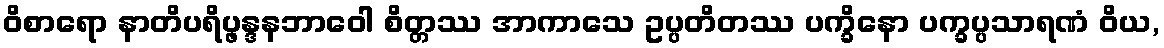
ဝိစာရော နာတိပရိပ္ဖန္ဒနဘာဝေါ စိတ္တဿ အာကာသေ ဥပ္ပတိတဿ ပက္ခိနော ပက္ခပ္ပသာရဏံ ဝိယ,